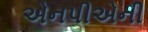
એનપીએની